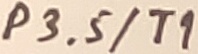
Text: P3.5/T1